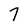
Character: 7